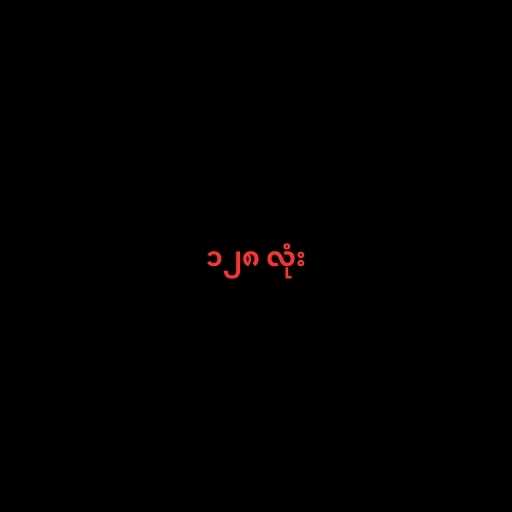
၁၂၈ လုံး